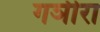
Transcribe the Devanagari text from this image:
गञीरा